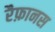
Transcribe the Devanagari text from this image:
रैफ़ानस